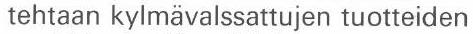
 tehtaan kylmävalssattujen tuotteiden